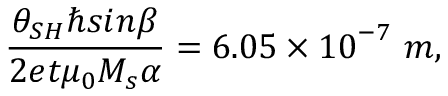
\frac { { \theta } _ { { S H } } \hslash { s i n } \beta } { 2 e t { \mu } _ { 0 } M _ { s } \alpha } = 6 . 0 5 \times { 1 0 } ^ { - 7 } \ m ,